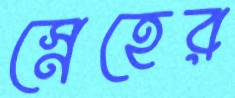
স্নেহের